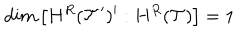
d i m \left[ H ^ { R } ( { \cal T } ^ { \prime } ) ^ { \prime } : H ^ { R } ( { \cal T } ) \right] = 1